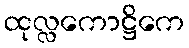
ထုလ္လကောဋ္ဌိကေ